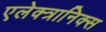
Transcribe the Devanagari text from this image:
एलेक्त्रानिक्स